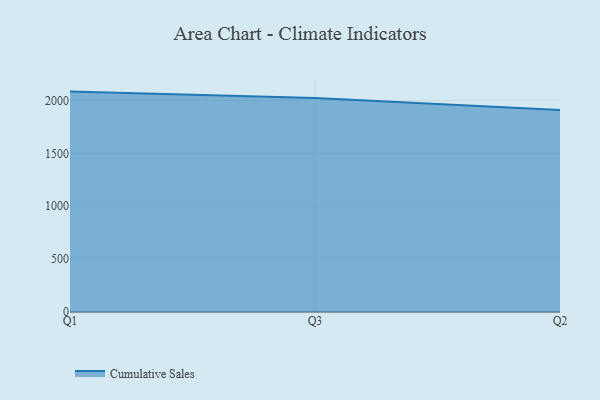
{"axis": {"x": "Quarter", "y": "Shipments"}, "legend": ["Cumulative Sales"], "data": [{"x": "Q1", "y": 2083.7, "type": "Cumulative Sales"}, {"x": "Q3", "y": 2024.3, "type": "Cumulative Sales"}, {"x": "Q2", "y": 1910.9, "type": "Cumulative Sales"}]}